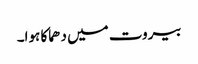
بیروت میں دھماکا ہوا۔